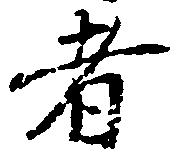
者